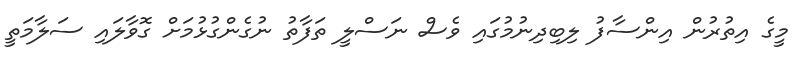
މީގެ އިތުރުން އިންސާފު ލިބިދިނުމުގައި ވެސް ނަސްލީ ތަފާތު ނުގެންގުޅުމަށް ގޮވާލައި ސަލާމަތީ